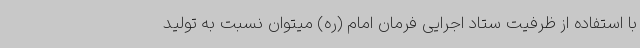
با استفاده از ظرفیت ستاد اجرایی فرمان امام (ره) میتوان نسبت به تولید